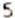
5